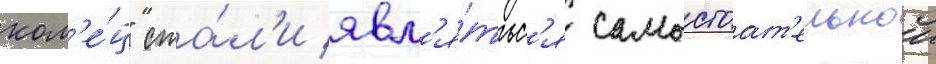
кол'е́ц" ста́л'и явл'я́тьс'я самостоат'ельнои